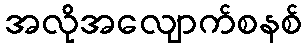
အလိုအလျောက်စနစ်